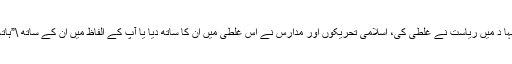
افغان جہا د میں ریاست نے غلطی کی، اسلامی تحریکوں اور مدارس نے اس غلطی میں ان کا ساتھ دیا یا آپ کے الفاظ میں ان کے ساتھ \”ہاتھ\” ہوا ۔